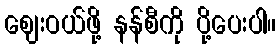
ဈေးဝယ်ဖို့ နန်စီကို ပို့ပေးပါ။